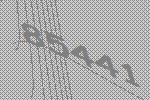
85441